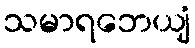
သမာရဘေယျံ